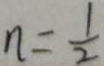
n = \frac { 1 } { 2 }